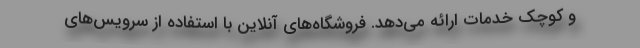
و کوچک خدمات ارائه می‌دهد. فروشگاه‌های آنلاین با استفاده از سرویس‌های